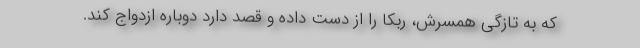
که به تازگی همسرش، ربکا را از دست داده و قصد دارد دوباره ازدواج کند.